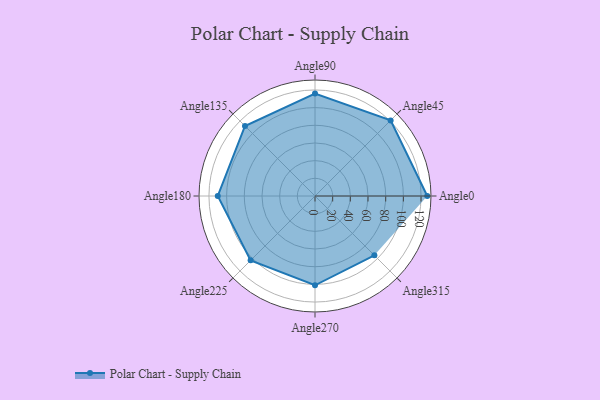
{"axis": {"x": "Angle", "y": "Radius"}, "legend": [""], "data": [{"x": "Angle0", "y": 127.0, "type": ""}, {"x": "Angle45", "y": 121.0, "type": ""}, {"x": "Angle90", "y": 116.0, "type": ""}, {"x": "Angle135", "y": 112.0, "type": ""}, {"x": "Angle180", "y": 110.0, "type": ""}, {"x": "Angle225", "y": 103.0, "type": ""}, {"x": "Angle270", "y": 101.0, "type": ""}, {"x": "Angle315", "y": 95.0, "type": ""}]}